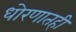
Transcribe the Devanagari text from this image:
धोरणातही